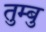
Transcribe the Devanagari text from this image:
तुम्बु